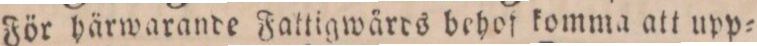
För härwarande Fattigwärds behof komma att upp=